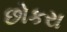
છોકરા